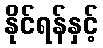
နိုင်ရန်နှင့်